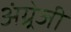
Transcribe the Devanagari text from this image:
अंग्र्रेजी